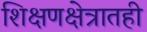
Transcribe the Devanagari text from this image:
शिक्षणक्षेत्रातही